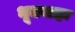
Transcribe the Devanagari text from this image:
भूतवाहः